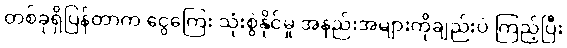
တစ်ခုရှိပြန်တာက ငွေကြေး သုံးစွဲနိုင်မှု အနည်းအများကိုချည်းပဲ ကြည့်ပြီး